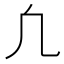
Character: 凢